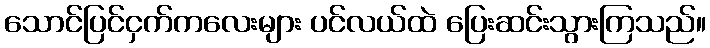
သောင်ပြင်ငှက်ကလေးများ ပင်လယ်ထဲ ပြေးဆင်းသွားကြသည်။